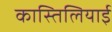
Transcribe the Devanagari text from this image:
कास्तिलियाई